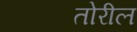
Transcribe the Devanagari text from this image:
तोरील